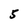
Character: 5